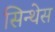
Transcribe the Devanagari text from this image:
सिन्थेस